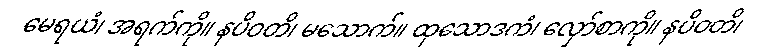
မေရယံ၊ အရက်ကို။ နပိဝတိ၊ မသောက်။ ထုသောဒကံ၊ လှော်စာကို။ နပိဝတိ၊